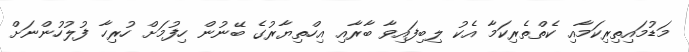
މަޑުމައިތިރިކަމާއި ކެތްތެރިކަމާ އެކު ލިބިފައިވާ ބާރާއި އިހްތިޔާރުގެ ބޭނުން ހިފުމަށް ހުރިހާ ފުލުހުންނަށް